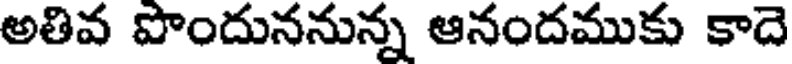
అతివ పొందుననున్న ఆనందముకు కాదె